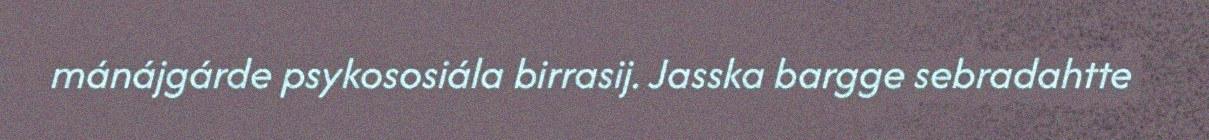
mánájgárde psykososiála birrasij. Jasska bargge sebradahtte